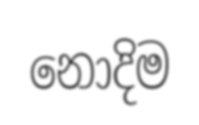
නොදිම